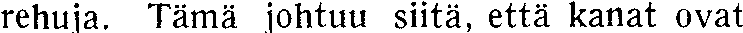
rehuja. Tämä johtuu siitä, että kanat ovat